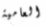
العامية